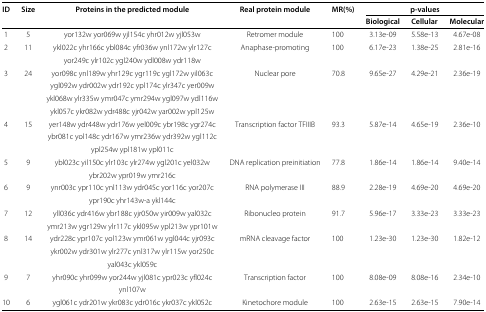
<table><thead><tr><td><b>ID</b></td><td><b>Size</b></td><td><b>Proteins in the predicted module</b></td><td><b>Real protein module</b></td><td><b>MR(%)</b></td><td colspan="3"><b>p-values</b></td></tr><tr><td></td><td></td><td></td><td></td><td></td><td><b>Biological</b></td><td><b>Cellular</b></td><td><b>Molecular</b></td></tr></thead><tbody><tr><td>1</td><td>5</td><td>yor132w yor069w yjl154c yhr012w yjl053w</td><td>Retromer module</td><td>100</td><td>3.13e-09</td><td>5.58e-13</td><td>4.67e-08</td></tr><tr><td>2</td><td>11</td><td>ykl022c yhr166c ybl084c yfr036w ynl172w ylr127c</td><td>Anaphase-promoting</td><td>100</td><td>6.17e-23</td><td>1.38e-25</td><td>2.81e-16</td></tr><tr><td></td><td></td><td>yor249c ylr102c ygl240w ydl008w ydr118w</td><td></td><td></td><td></td><td></td><td></td></tr><tr><td>3</td><td>24</td><td>yor098c ynl189w yhr129c ygr119c ygl172w yil063c</td><td>Nuclear pore</td><td>70.8</td><td>9.65e-27</td><td>4.29e-21</td><td>2.36e-19</td></tr><tr><td></td><td></td><td>ygl092w ydr002w ydr192c ypl174c ylr347c yer009w</td><td></td><td></td><td></td><td></td><td></td></tr><tr><td></td><td></td><td>ykl068w ylr335w ymr047c ymr294w ygl097w ydl116w</td><td></td><td></td><td></td><td></td><td></td></tr><tr><td></td><td></td><td>ykl057c ykr082w ydr488c yjr042w yar002w ypl125w</td><td></td><td></td><td></td><td></td><td></td></tr><tr><td>4</td><td>15</td><td>yer148w ydr448w ydr176w yel009c ybr198c ygr274c</td><td>Transcription factor TFIIIB</td><td>93.3</td><td>5.87e-14</td><td>4.65e-19</td><td>2.36e-10</td></tr><tr><td></td><td></td><td>ybr081c yol148c ydr167w ymr236w ydr392w ygl112c</td><td></td><td></td><td></td><td></td><td></td></tr><tr><td></td><td></td><td>ypl254w ypl181w ypl011c</td><td></td><td></td><td></td><td></td><td></td></tr><tr><td>5</td><td>9</td><td>ybl023c yil150c ylr103c ylr274w ygl201c yel032w</td><td>DNA replication preinitiation</td><td>77.8</td><td>1.86e-14</td><td>1.86e-14</td><td>9.40e-14</td></tr><tr><td></td><td></td><td>ybr202w ypr019w ymr216c</td><td></td><td></td><td></td><td></td><td></td></tr><tr><td>6</td><td>9</td><td>ynr003c ypr110c ynl113w ydr045c yor116c yor207c</td><td>RNA polymerase III</td><td>88.9</td><td>2.28e-19</td><td>4.69e-20</td><td>4.69e-20</td></tr><tr><td></td><td></td><td>ypr190c yhr143w-a ykl144c</td><td></td><td></td><td></td><td></td><td></td></tr><tr><td>7</td><td>12</td><td>yll036c ydr416w ybr188c yjr050w yir009w yal032c</td><td>Ribonucleo protein</td><td>91.7</td><td>5.96e-17</td><td>3.33e-23</td><td>3.33e-23</td></tr><tr><td></td><td></td><td>ymr213w ygr129w ylr117c ykl095w ypl213w ypr101w</td><td></td><td></td><td></td><td></td><td></td></tr><tr><td>8</td><td>14</td><td>ydr228c ypr107c yol123w ymr061w ygl044c yjr093c</td><td>mRNA cleavage factor</td><td>100</td><td>1.23e-30</td><td>1.23e-30</td><td>1.82e-12</td></tr><tr><td></td><td></td><td>ykr002w ydr301w ylr277c ynl317w ylr115w yor250c</td><td></td><td></td><td></td><td></td><td></td></tr><tr><td></td><td></td><td>yal043c ykl059c</td><td></td><td></td><td></td><td></td><td></td></tr><tr><td>9</td><td>7</td><td>yhr090c yhr099w yor244w yjl081c ypr023c yfl024c</td><td>Transcription factor</td><td>100</td><td>8.08e-09</td><td>8.08e-16</td><td>2.34e-10</td></tr><tr><td></td><td></td><td>ynl107w</td><td></td><td></td><td></td><td></td><td></td></tr><tr><td>10</td><td>6</td><td>ygl061c ydr201w ykr083c ydr016c ykr037c ykl052c</td><td>Kinetochore module</td><td>100</td><td>2.63e-15</td><td>2.63e-15</td><td>7.90e-14</td></tr></tbody></table>